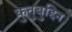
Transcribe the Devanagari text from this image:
कुतुबुद्दिन